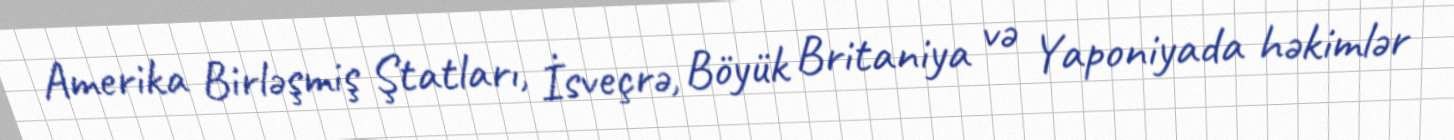
Amerika Birləşmiş Ştatları, İsveçrə, Böyük Britaniya və Yaponiyada həkimlər